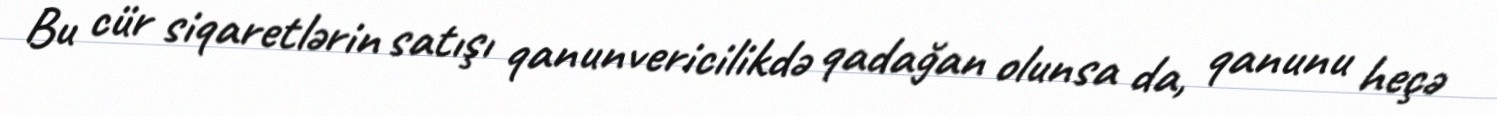
Bu cür siqaretlərin satışı qanunvericilikdə qadağan olunsa da, qanunu heçə